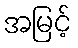
အမြင့်